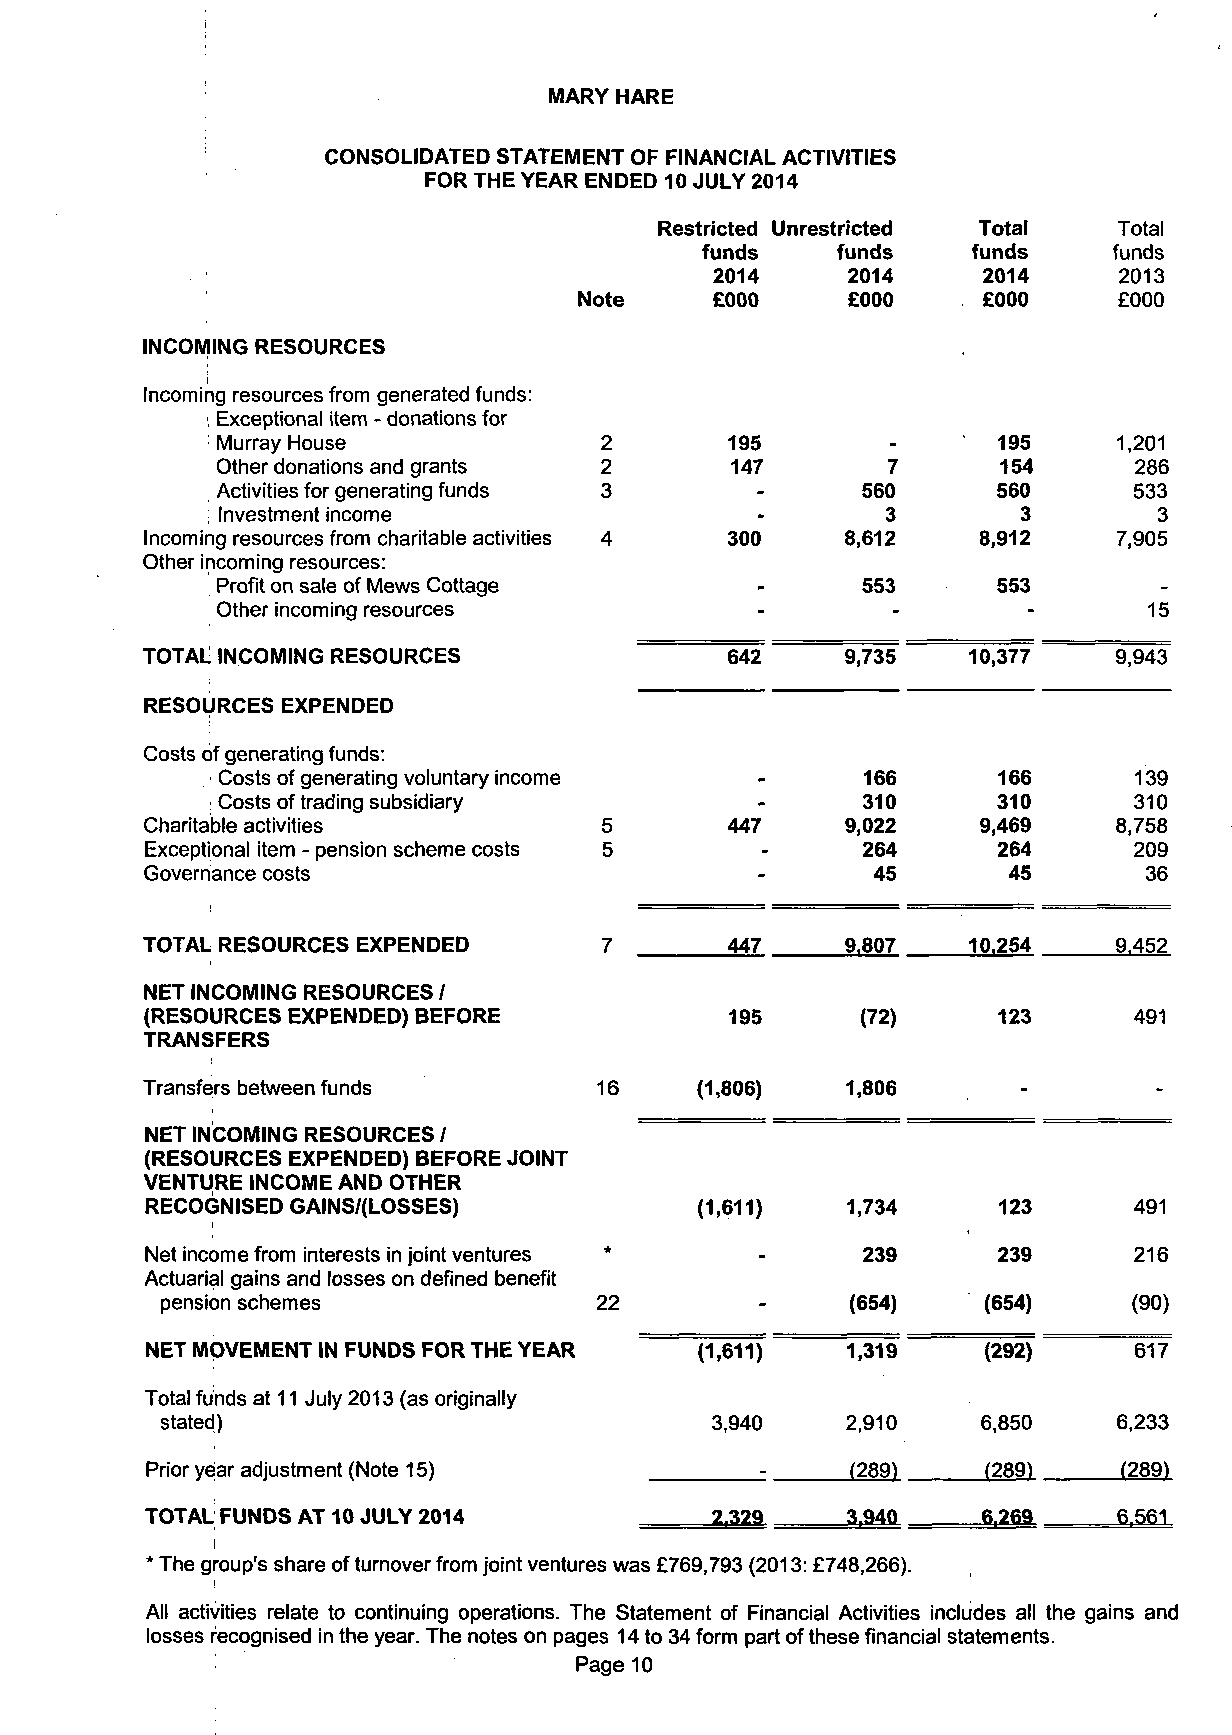
MARY HARE
 CONSOLIDATED STATEMENT OF FINANCIAL ACTIVITIES
 FOR THE YEAR ENDED 10 JULY 2014
 Restricted Unrestricted Total Total
 funds    funds    funds     funds
 2014     2014     2014     2013
 Note     £000     £000     £000     £000
 INCOMING RESOURCES
 i
 Incoming resources from generated funds:
 : Exceptional item - donations for
 2       195               195     1,201
 Murray House
 2       147        7      154      286
 Other donations and grants
 3                560      560      533
 Activities for generating funds
 3        3        3
 Investment income
 ;                         4       300
 Incoming resources from charitable activities
 8,612    8,912
 Other incoming resources:                                        7,905
 Profit on sale of Mews Cottage
 553      553
 Other incoming resources
 15
 TOTAL INCOMING RESOURCES               642     9,735   10,377    9,943
 RESOURCES EXPENDED
 Costs of generating funds:
 Costs of generating voluntary income       166      166      139
 : Costs of trading subsidiary              310      310      310
 Charitable activities         5       447     9,022    9,469    8,758
 Exceptional item - pension scheme costs 5      264      264      209
 Governance costs                                45       45       36
 TOTAL RESOURCES EXPENDED       7       447     9.807   10.254    9.452
 NET INCOMING RESOURCES /
 (RESOURCES EXPENDED) BEFORE           195      (72)     123      491
 TRANSFERS
 Transfers between funds        16    (1,806)   1,806       -        -
 NET INCOMING RESOURCES /
 (RESOURCES EXPENDED) BEFORE JOINT
 VENTURE INCOME AND OTHER
 RECOGNISED GAINS/(LOSSES)           (1,611)   1,734     123      491
 Net income from interests in joint ventures    239      239      216
 Actuarial gains and losses on defined benefit
 pension schemes             22               (654)    (654)     (90)
 NET MOVEMENT IN FUNDS FOR THE YEAR  (1,611)   1,319    (292)     617
 Total funds at 11 July 2013 (as originally
 stated)                             3,940    2,910    6,850    6,233
 Prior year adjustment (Note 15)               (289)    (289)    (289)
 TOTAL FUNDS AT 10 JULY 2014          2.329    3,940    6.269    6 561
 I
 * The group's share of turnover from joint ventures was £769,793 (2013: £748,266).
 All activities relate to continuing operations. The Statement of Financial Activities includes all the gains and
 losses recognised in the year. The notes on pages 14 to 34 form part of these financial statements.
 Page 10